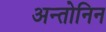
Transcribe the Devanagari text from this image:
अन्तोनिन